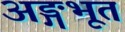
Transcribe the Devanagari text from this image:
अङ्गभूत